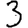
Digit: 3